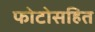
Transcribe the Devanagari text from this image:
फोटोसहित